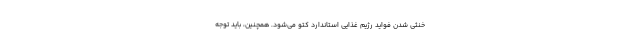
خنثی شدن فواید رژیم غذایی استاندارد کتو می‌شود. همچنین، باید توجه